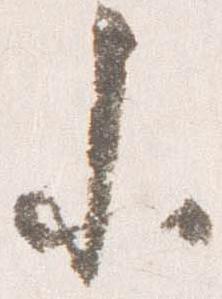
参